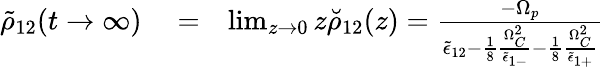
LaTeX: \begin{array}{rlr}{\tilde{\rho}_{12}(t\rightarrow\infty)}&{{}=}&{\operatorname*{lim}_{z\rightarrow 0}z\breve{\rho}_{12}(z)=\frac{-\Omega_{p}}{\tilde{\epsilon}_{12}-\frac{1}{8}\frac{\Omega_{C}^{2}}{\tilde{\epsilon}_{1-}}-\frac{1}{8}\frac{\Omega_{C}^{2}}{\tilde{\epsilon}_{1+}}}}\end{array}